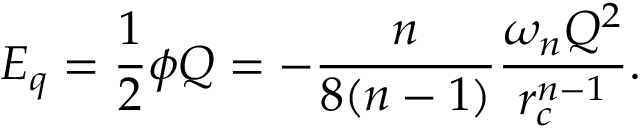
E _ { q } = \frac { 1 } { 2 } \phi Q = - \frac { n } { 8 ( n - 1 ) } \frac { \omega _ { n } Q ^ { 2 } } { r _ { c } ^ { n - 1 } } .